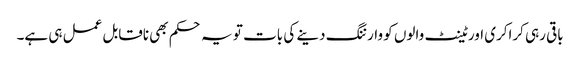
باقی رہی کراکری اور ٹینٹ والوں کو وارننگ دینے کی بات تو یہ حکم بھی ناقابل عمل ہی ہے۔